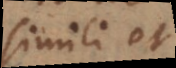
simili et